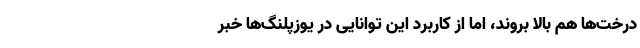
درخت‌ها هم بالا بروند، اما از کاربرد این توانایی در یوزپلنگ‌ها خبر